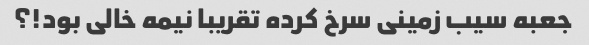
جعبه سیب زمینی سرخ کرده تقریبا نیمه خالی بود!؟